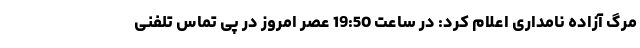
مرگ آزاده نامداری اعلام کرد: در ساعت 19:50 عصر امروز در پی تماس تلفنی